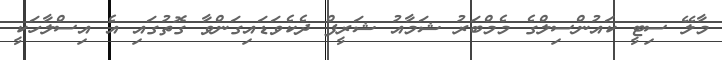
މާލޭ ސިޓީ ކައުންސިލްގެ މެމްބަރު ޝަމާއު ޝަރީފް ދެކެވަޑައިގަންވާ ގޮތުގައި އެ އިސްލާހަކީ